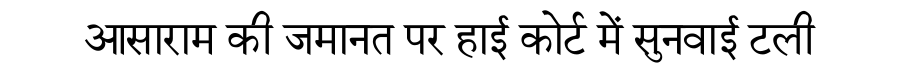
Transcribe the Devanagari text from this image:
आसाराम की जमानत पर हाई कोर्ट में सुनवाई टली